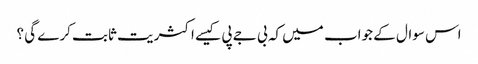
اس سوال کے جواب میں کہ بی جے پی کیسے اکثریت ثابت کرے گی ؟